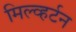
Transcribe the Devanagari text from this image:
मिल्व्हर्टन